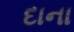
દાના